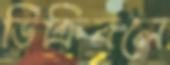
ডিক্রিবলে